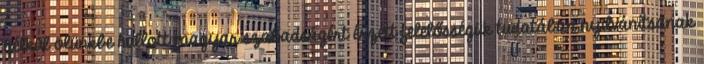
nélkül ölünkbe hullott magyar szabadságért érzett felelősségük tudatában nyilvánítsanak